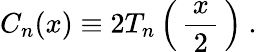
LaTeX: C_{n}(x)\equiv 2T_{n}\left(\, {\frac{\, x\, }{2}}\, \right)~.